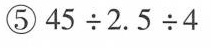
⑤$$4 5 \div 2 . 5 \div 4$$